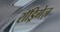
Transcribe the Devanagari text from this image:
रॉड्रिगेज़